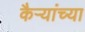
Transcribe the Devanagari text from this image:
कैऱ्यांच्या